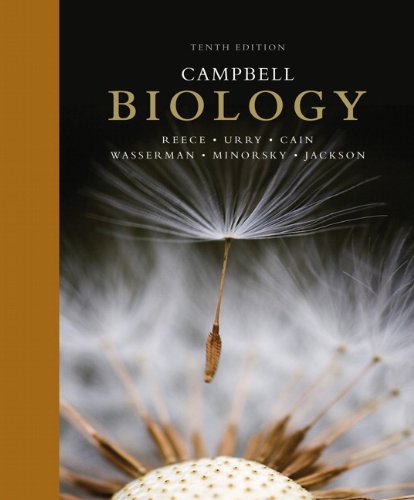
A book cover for Campbell Biology Plus MasteringBiology with eText -- Access Card Package (10th Edition); Jane B. Reece; Science & Math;